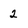
Character: 2